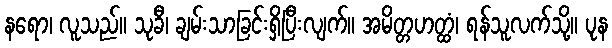
နရော၊ လူသည်။ သုခီ၊ ချမ်းသာခြင်းရှိပြီးလျက်။ အမိတ္တဟတ္ထံ၊ ရန်သူလက်သို့။ ပုန